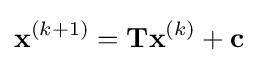
\mathbf {x} ^{(k+1)}=\mathbf {Tx} ^{(k)}+\mathbf {c}